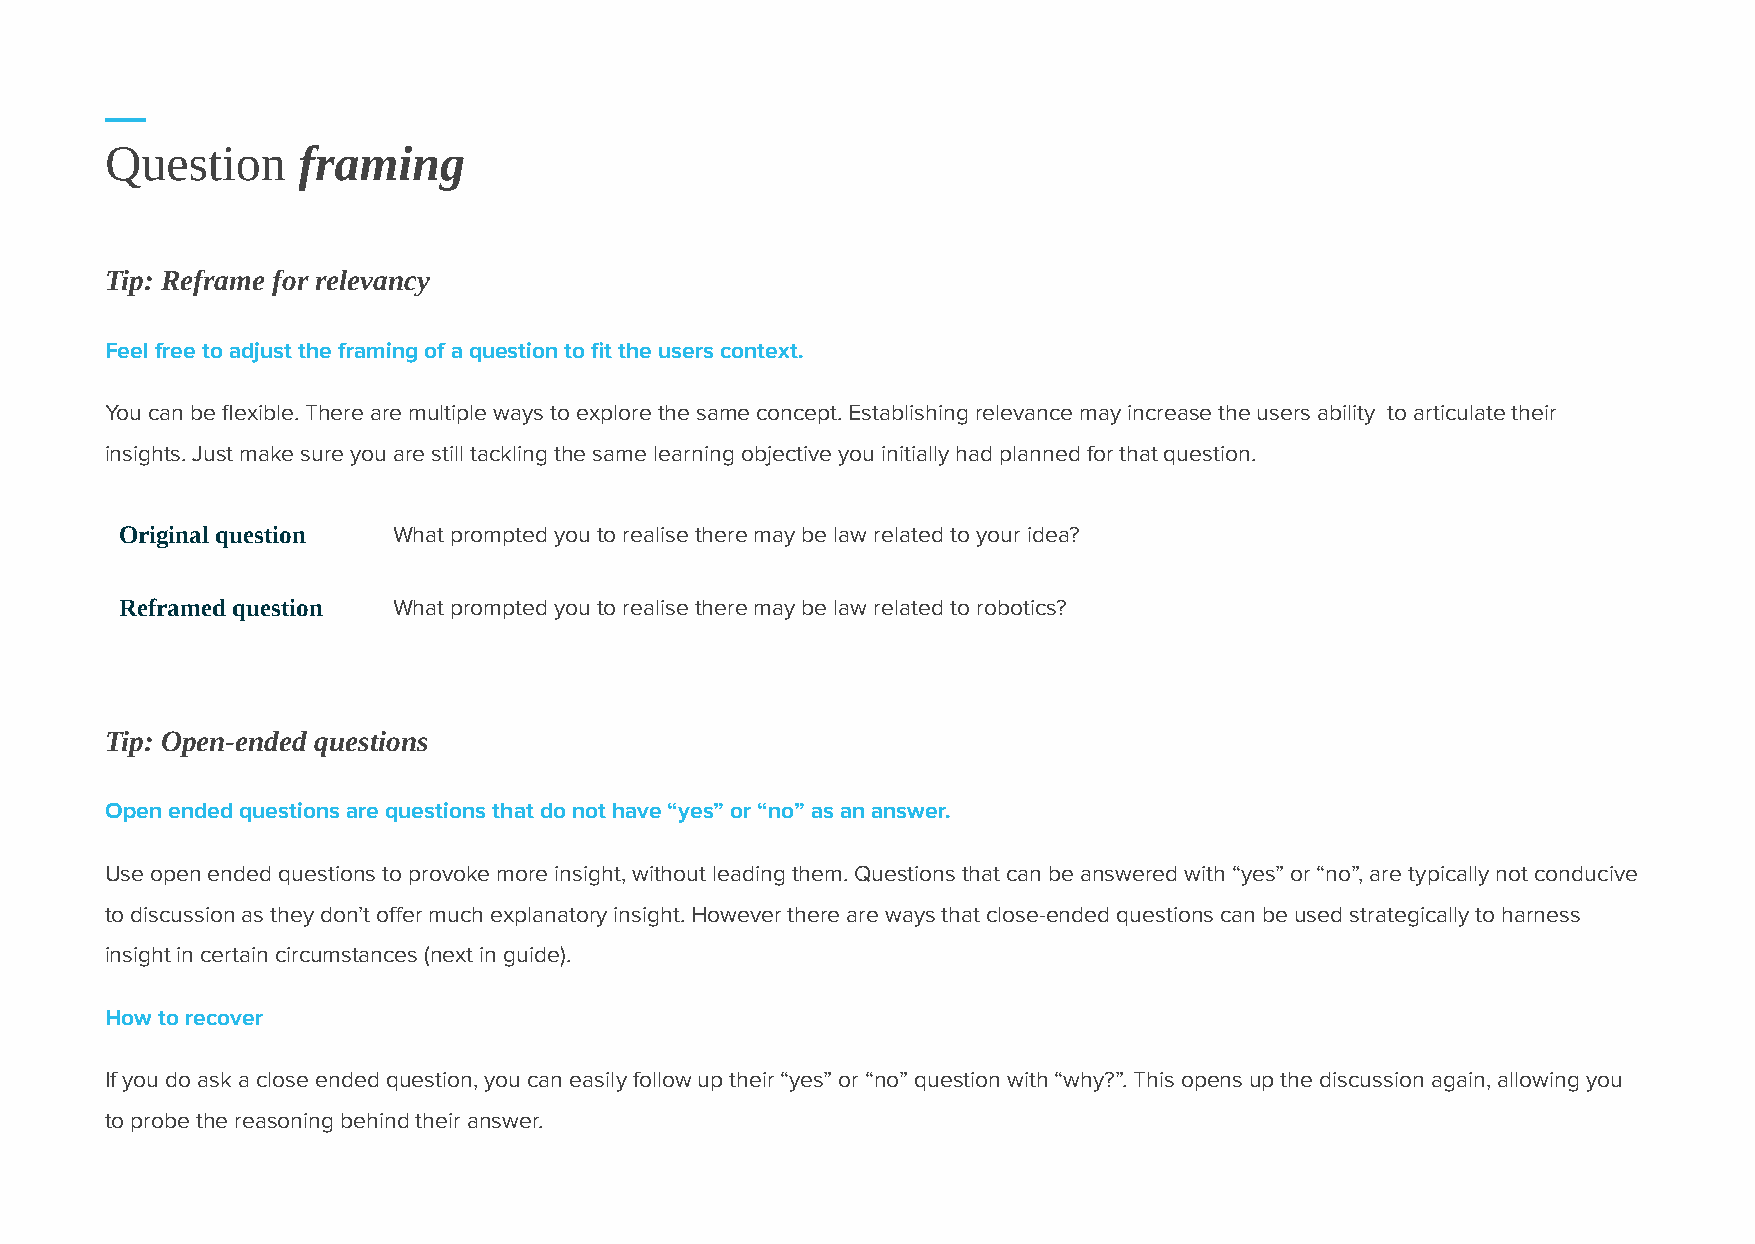
Question     framing
 Tip: Reframe for relevancy
 Feel free to adjust the framing of a question to fit the users context.
 You can be flexible. There are multiple ways to explore the same concept. Establishing relevance may increase the users ability to articulate their
 insights. Just make sure you are still tackling the same learning objective you initially had planned for that question.
 Original question What prompted you to realise there may be law related to your idea?
 Reframed question What prompted you to realise there may be law related to robotics?
 Tip: Open-ended questions
 Open ended questions are questions that do not have “yes” or “no” as an answer.
 Use open ended questions to provoke more insight, without leading them. Questions that can be answered with “yes” or “no”, are typically not conducive
 to discussion as they don’t offer much explanatory insight. However there are ways that close-ended questions can be used strategically to harness
 insight in certain circumstances (next in guide).
 How to recover
 If you do ask a close ended question, you can easily follow up their “yes” or “no” question with “why?”. This opens up the discussion again, allowing you
 to probe the reasoning behind their answer.